Lunatic asylums Central Provinces reports 1910-1926 - 1910-1926
Year: 1910
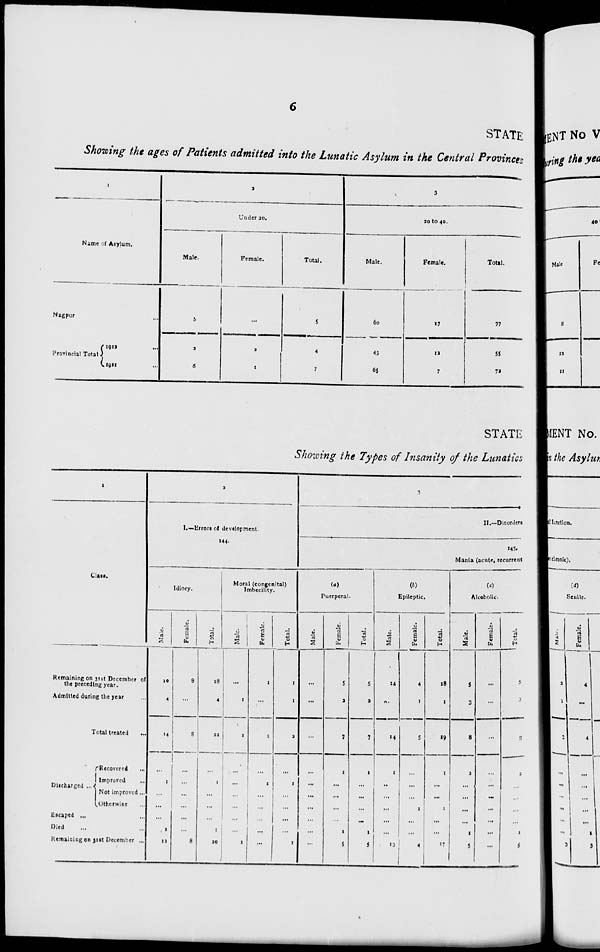
6
STATE
Showing the ages of Patients admitted into the Lunatic Asylum in the Central Provinces
1
Name of Asylum.
Nagpur ...
Provincial Total
1912 ...
1911 ...
2
Under 20.
Male.
5
2
6
Female.
...
2
1
Total.
5
4
7
3
20 to 40.
Male.
60
43
65
Female.
17
12
7
Total.
77
55
72
STATE
Showing the Types of Insanity of the Lunatics
1
Class.
Remaining on 31st December of
the preceding year.
Admitted during the year ...
Total treated
...
Discharged ...
Recovered
...
Improved ...
Not improved ...
Otherwise ...
Escaped ...
Died ...
Remaining on 31st December ...
2
I.—Errors of development.
144.
Idiocy.
Male.
10
4
14
...
1
...
...
...
1
12
Female.
8
...
8
...
...
...
...
...
...
8
Total.
18
4
22
...
1
...
...
...
1
20
Moral (congenital)
Imbecility.
Male.
...
1
1
...
...
...
...
...
...
1
Female.
1
...
1
...
1
...
...
...
...
...
Total.
1
1
2
...
1
...
...
...
...
1
3
II.—Disorders
145.
Mania (acute, recurrent
(a)
Puerperal.
Male.
...
...
...
...
...
...
...
...
...
...
Female.
5
2
7
1
...
...
...
...
1
5
Total.
5
2
7
1
...
...
...
...
1
5
(b)
Epileptic.
Male.
14
...
14
1
...
...
...
...
...
13
Female.
4
1
5
...
...
...
1
...
...
4
Total.
18
1
19
1
...
...
1
...
...
17
(c)
Alcoholic.
Male.
5
3
8
2
...
...
...
...
1
5
Female.
...
...
...
...
...
...
...
...
...
...
Total.
5
3
8
2
...
...
...
...
1
5